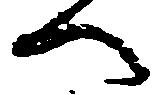
へ